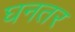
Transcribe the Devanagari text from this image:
घनतर